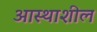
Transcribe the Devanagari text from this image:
आस्थाशील